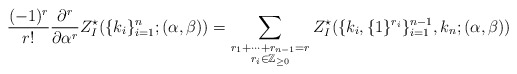
\begin{align*}\begin{aligned}\frac{(-1)^r}{r!}\frac{\mathrm{\partial}^r}{\mathrm{\partial}\alpha^r}Z^{\star}_{I}(\{k_i\}_{i=1}^{n};(\alpha,\beta))=\sum_{\begin{subarray}{c}r_1+\cdots+r_{n-1}= r\\ r_i\in\mathbb{Z}_{\ge0} \end{subarray}}Z^{\star}_{I}(\{k_i,\{1\}^{r_i}\}_{i=1}^{n-1},k_n;(\alpha,\beta))\end{aligned}\end{align*}